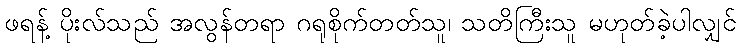
ဖရန့် ပိုးလ်သည် အလွန်တရာ ဂရုစိုက်တတ်သူ၊ သတိကြီးသူ မဟုတ်ခဲ့ပါလျှင်